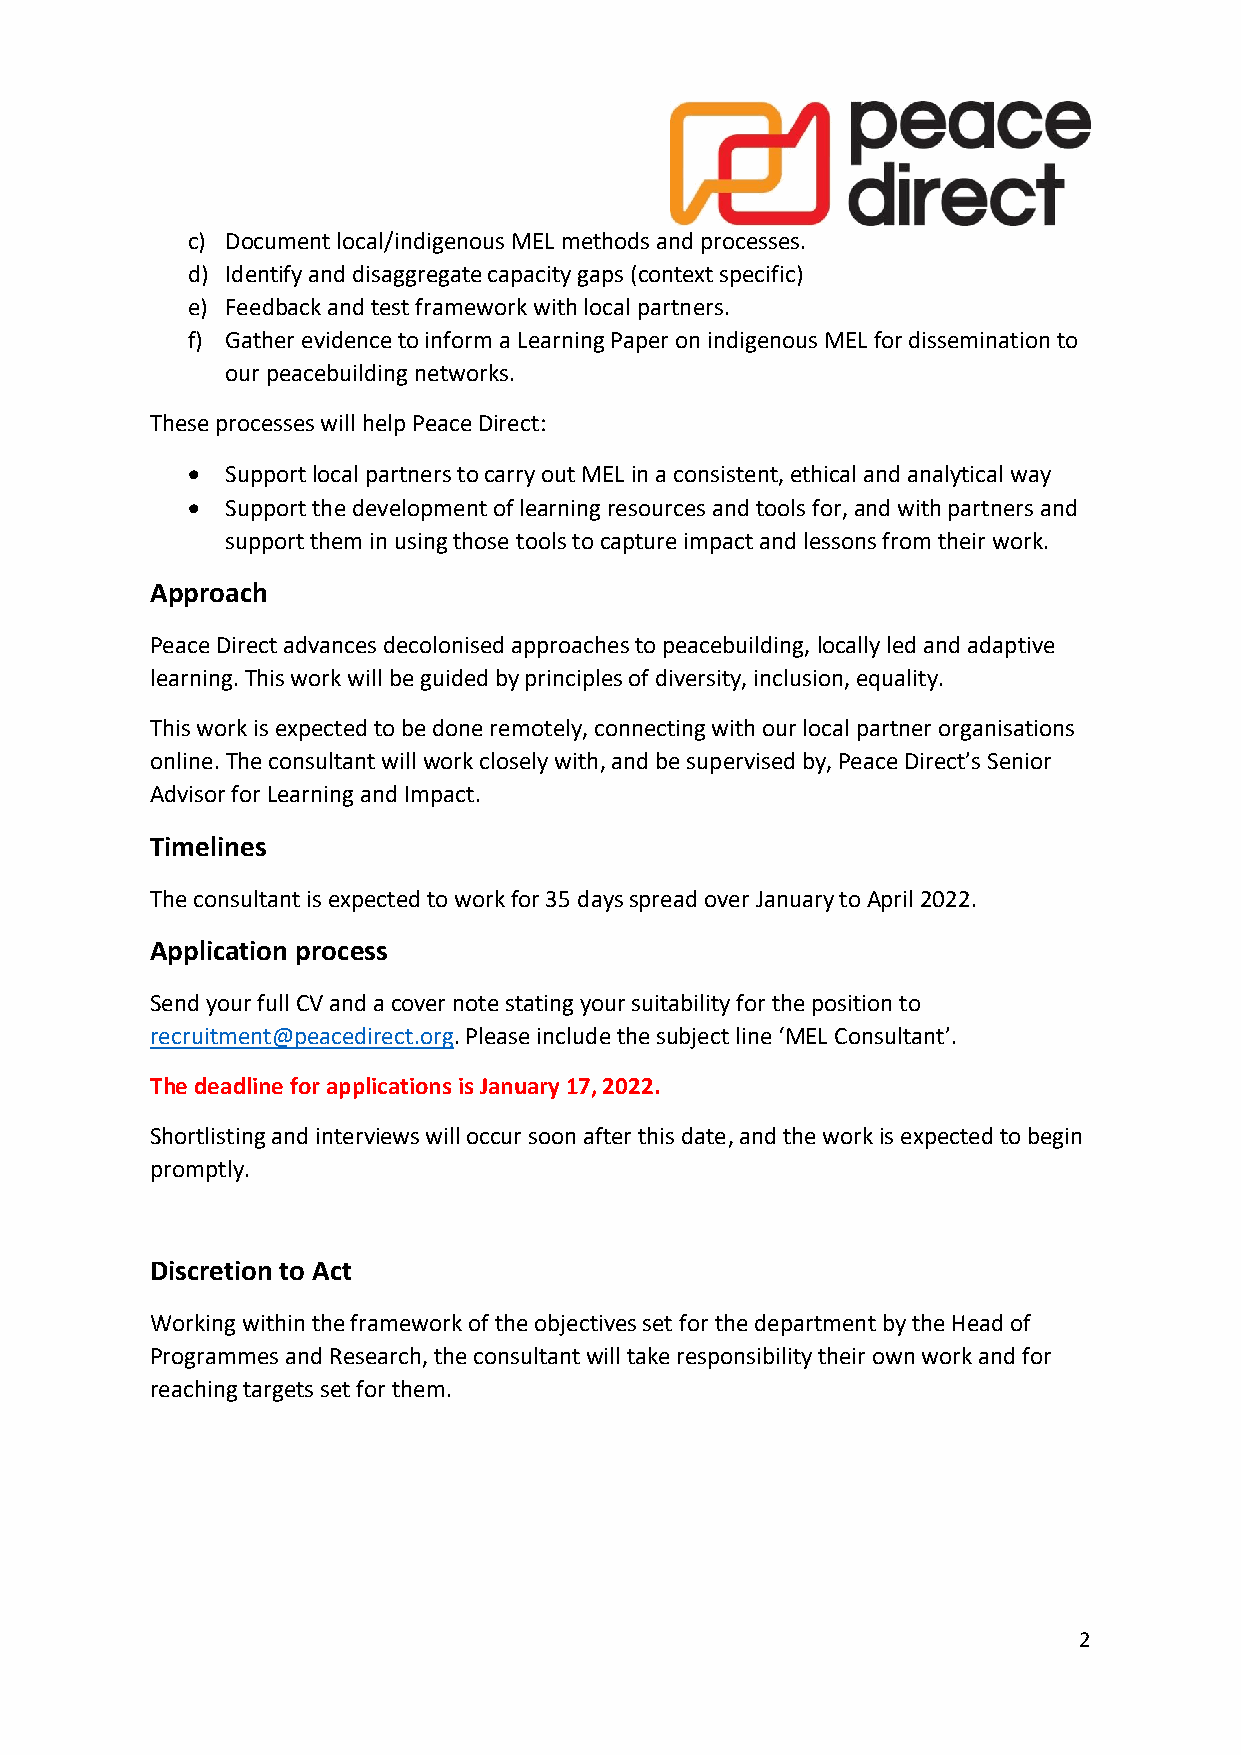
c) Document local/indigenous MEL methods and processes.
 d) Identify and disaggregate capacity gaps (context specific)
 e) Feedback and test framework with local partners.
 f) Gather evidence to inform a Learning Paper on indigenous MEL for dissemination to
 our peacebuilding networks.
 These processes will help Peace Direct:
 •  Support local partners to carry out MEL in a consistent, ethical and analytical way
 •  Support the development of learning resources and tools for, and with partners and
 support them in using those tools to capture impact and lessons from their work.
 Approach
 Peace Direct advances decolonised approaches to peacebuilding, locally led and adaptive
 learning. This work will be guided by principles of diversity, inclusion, equality.
 This work is expected to be done remotely, connecting with our local partner organisations
 online. The consultant will work closely with, and be supervised by, Peace Direct’s Senior
 Advisor for Learning and Impact.
 Timelines
 The consultant is expected to work for 35 days spread over January to April 2022.
 Application process
 Send your full CV and a cover note stating your suitability for the position to
 recruitment@peacedirect.org. Please include the subject line ‘MEL Consultant’.
 The deadline for applications is January 17, 2022.
 Shortlisting and interviews will occur soon after this date, and the work is expected to begin
 promptly.
 Discretion to Act
 Working within the framework of the objectives set for the department by the Head of
 Programmes and Research, the consultant will take responsibility their own work and for
 reaching targets set for them.
 2